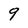
Character: 9